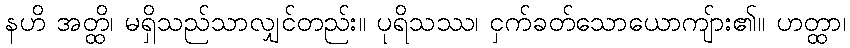
နဟိ အတ္ထိ၊ မရှိသည်သာလျှင်တည်း။ ပုရိသဿ၊ ငှက်ခတ်သောယောကျ်ား၏။ ဟတ္ထာ၊